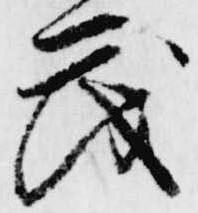
茂